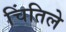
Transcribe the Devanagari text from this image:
चिंतिले